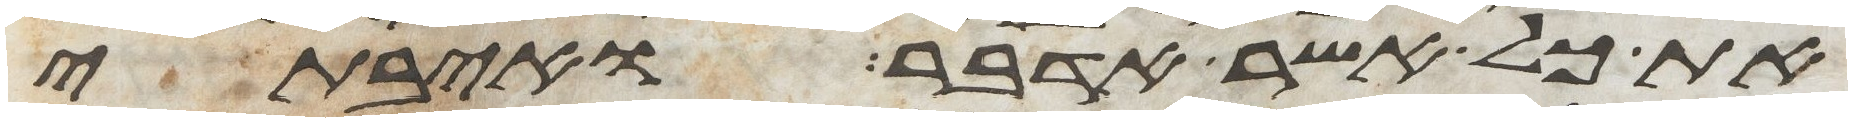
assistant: את כל אשר אדבר ואיבתי